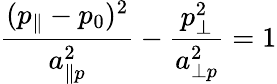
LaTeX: \frac{(p_{\| }-p_{0})^{2}}{a_{\| p}^{2}}-\frac{p_{\perp}^{2}}{a_{\perp p}^{2}}=1